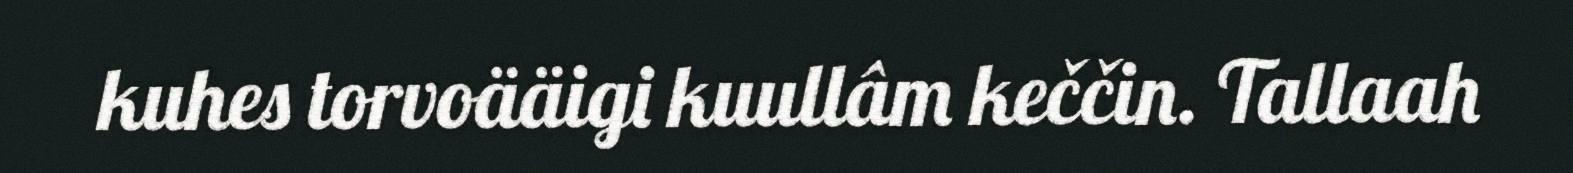
kuhes torvoääigi kuullâm keččin. Tallaah